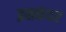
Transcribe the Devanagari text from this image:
इसकंदर